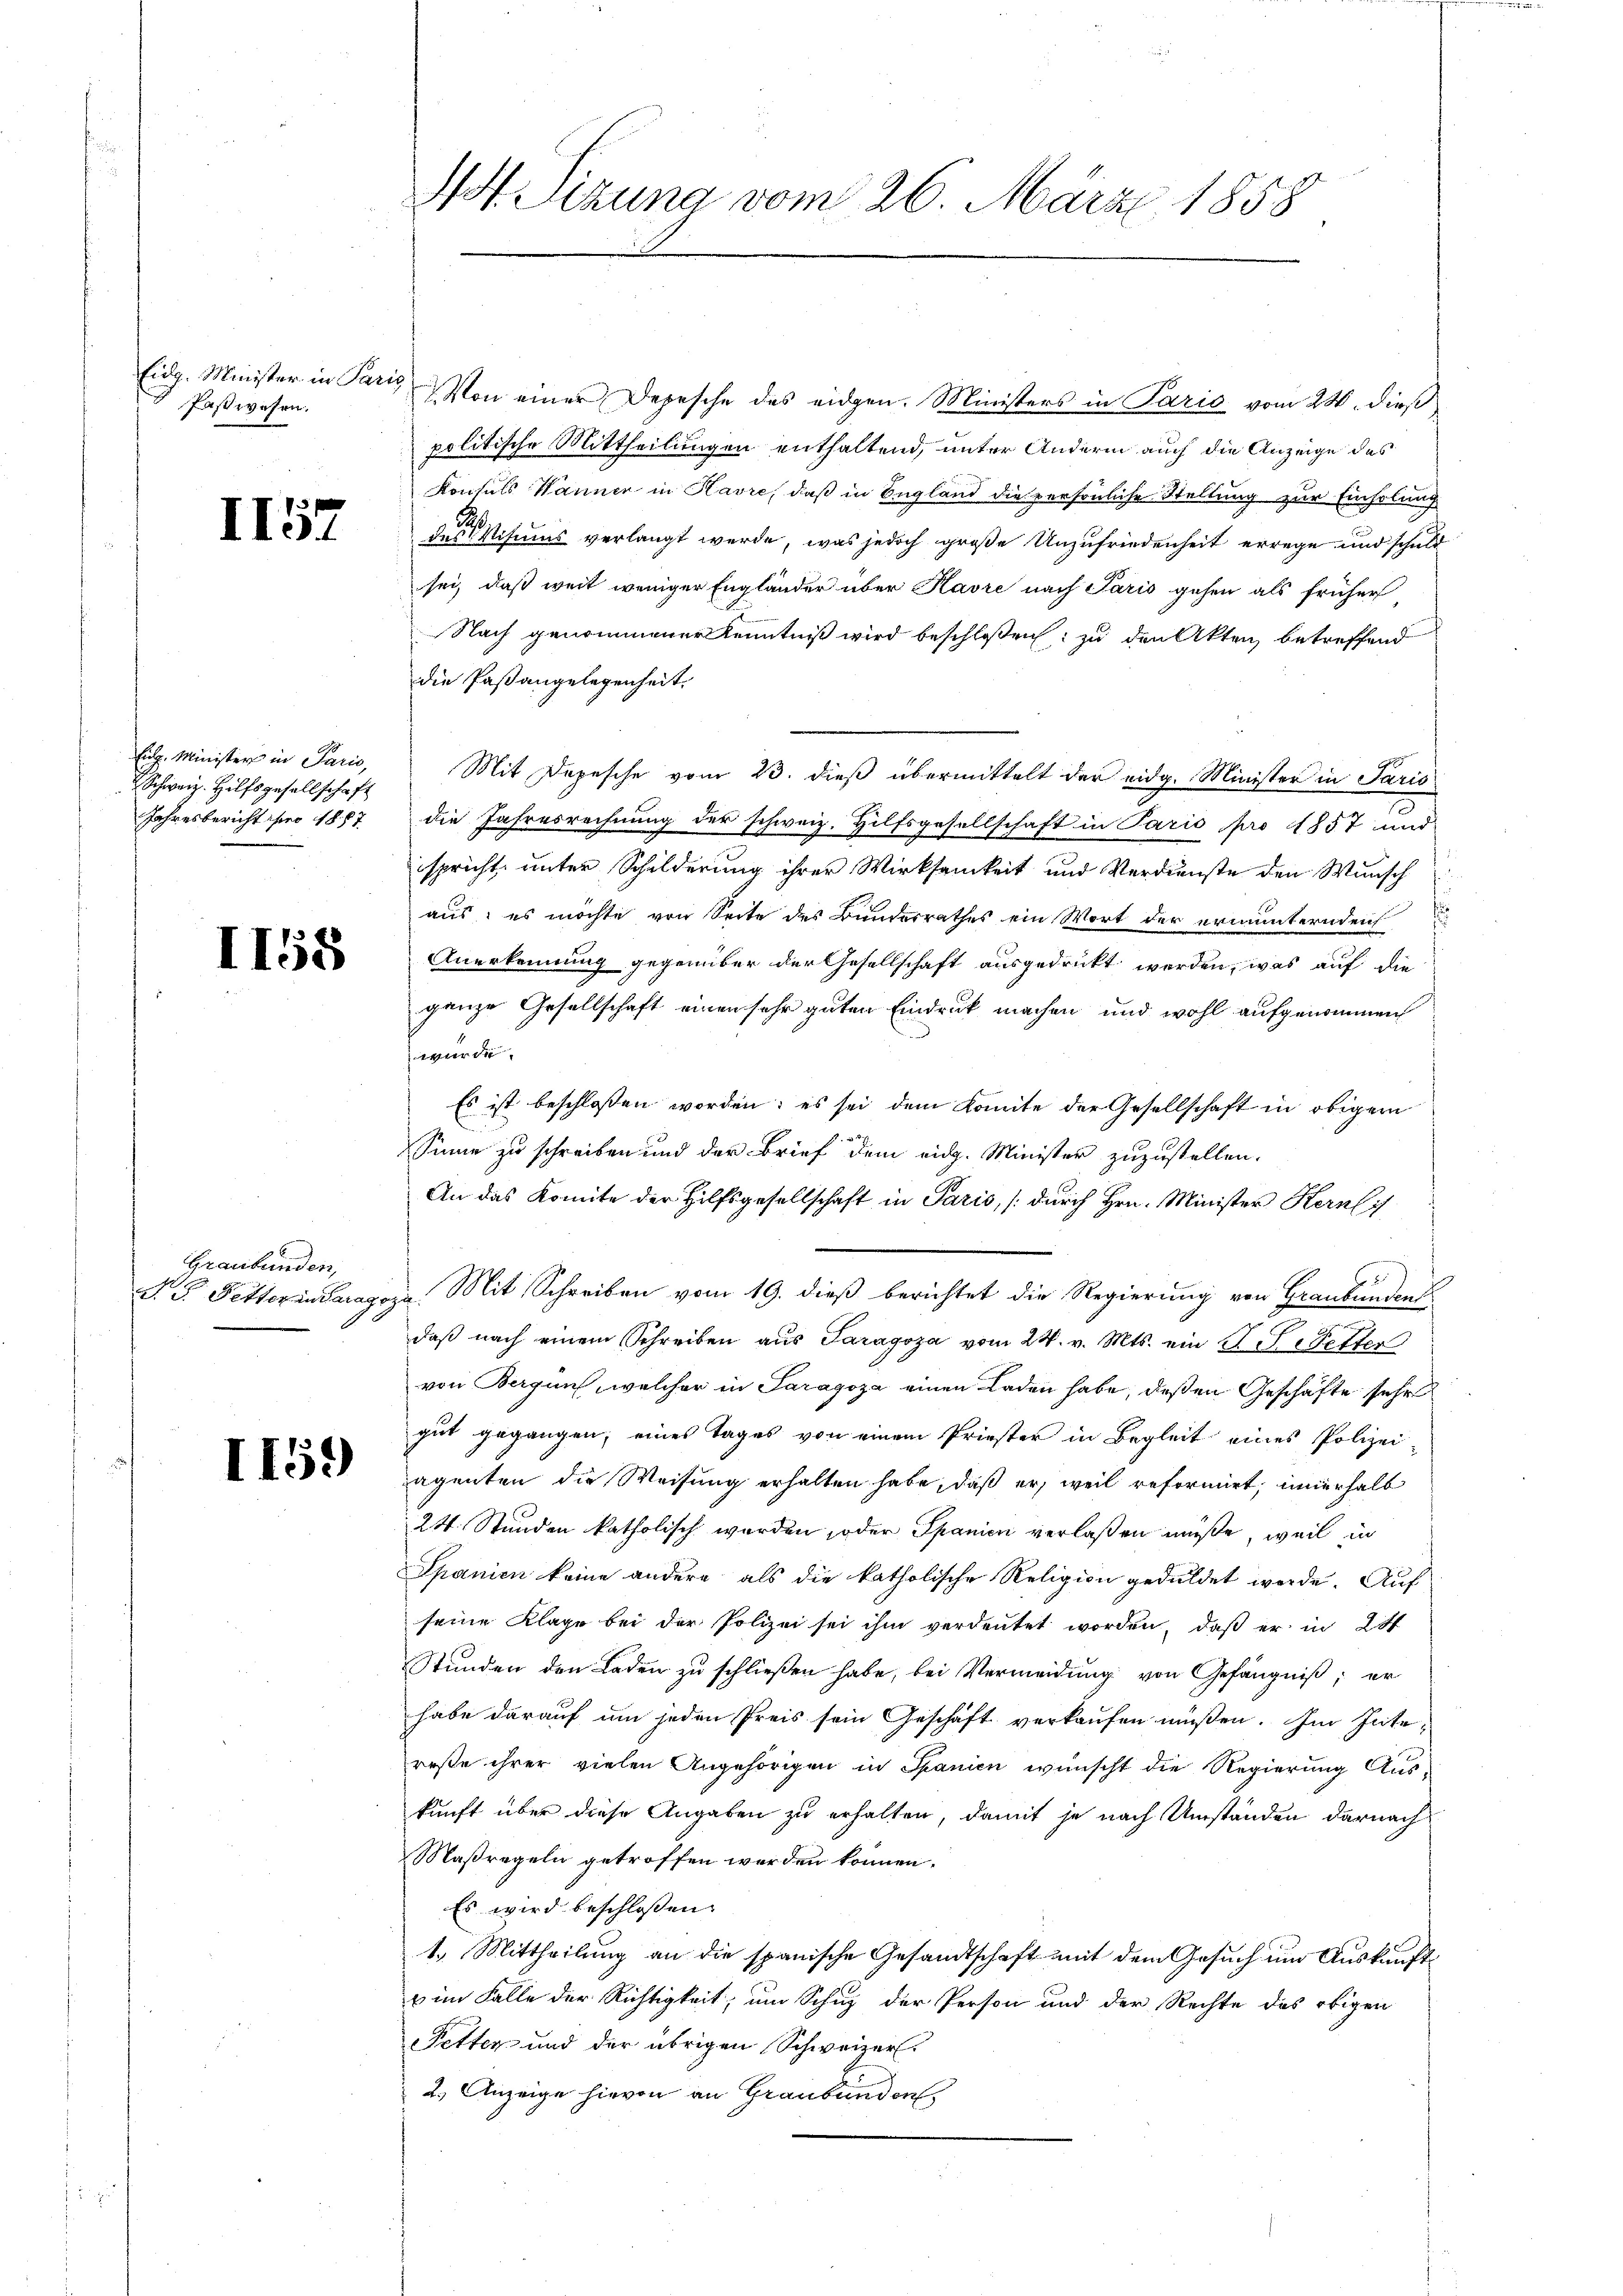
Eidg. Minister in Paris
Paswesen.

1157

Schweiz. Hilfsgesellschaft
Jahresbericht pro 1887

II58

Graubünden,

II59

7. Von einer Depesche des eidgen. Ministers in Paris vom 24. dieß
politische Mittheilungen enthaltend, unter Andern auch die Anzeige des
Konsuls Wanner in Havre, daß in England die persönliche Stellung zur Einholung
des Visums verlangt werde, was jedoch große Unzufriedenheit errege und schuld
sei, daß weit weniger Engländer über Kavre nach Paris gehen als früher
Nach genommener Kenntniß wird beschloßen: zu den Akten betreffend
die Paßangelegenheit.
Eidg. Minister in Paris, Mit Depesche vom 23. dieß übermittelt der eidg. Minister in Paris
73
die Jahresrechnung der schweiz. Hilfsgesellschaft in Paris pro 1857 und
spricht, unter Schilderung ihrer Wirksamkeit und Verdienste den Wunsch
aus; es möchte von Seite des Bunderrathes ein Wort der ermunternden
Anerkennung gegenüber der Gesellschaft ausgedruckt werden, was auf die
ganze Gesellschaft einen sehr guten Eindruck machen und wohl aufgenommen
wurde.
Es ist beschlossen worden; es sei dem Komite der Gesellschaft in obigem
Sinne zu schreiben und der Brief dem eidg. Minister zuzustellen.
An das Komite der Hilfsgesellschaft in Paris, (durch Hrn. Minister Kern
geren
v. 5. Fetter inderen Mit Schreiben vom 19. dieß berichtet die Regierung von Graubünden
daβ nach einem Schreiben aus Paragoza vom 24. v. Mts. ein P. J. Wetter
von Bergünf, welcher in Paragoza einen Laden habe, deßen Geschäfte sehr
gut gegangen; eines Tages von einem Priester in Begleit eines Polizei-
agenten die Weisung erhalten habe, daß er, weil reformirt, innerhalb
24. Stunden katholisch werden, oder Spanien verlaßen müße, weil in
Spanien keine andere als die katholische Religion geduldet werde. Auf
seine Klage bei der Polizei sei ihm verdeutet worden, daß er in 25
Stŭnden den Laden zŭ schließen habe, bei Vermeidung von Gefängniß; er
habe darauf um jeden Preis sein Geschäft verkaufen müßen. Im Inte-
reße ihrer vielen Angehörigen in Spanien wünscht die Regierung Aus-
kunft über diese Angaben zu erhalten, damit je nach Umständen darnach
Maßregeln getroffen werden können.
Es wird beschlossen:
1.) Mittheilung an die spanische Gesandtschaft mit dem Gesuch um Auskunfts
u im Falle der Richtigkeit, um Schuz der Person und der Rechte des obigen
Petter und der übrigen Schweizer.
2.) Anzeige hievon an Graubünden

N Sizung vom 26. März 1858